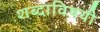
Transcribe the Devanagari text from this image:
शब्दाविषयी